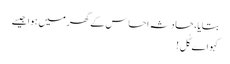
بتایا، حادثہ احساس کے گھر میں ہوا جیسے
کہو اے گُل !